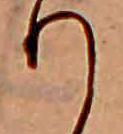
り